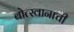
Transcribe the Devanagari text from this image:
बोत्स्वानाची